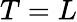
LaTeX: T=L